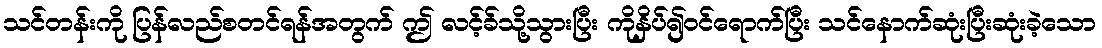
သင်တန်းကို ပြန်လည်စတင်ရန်အတွက် ဤ လင့်ခ်သို့သွားပြီး ကိုနှိပ်၍ဝင်ရောက်ပြီး သင်နောက်ဆုံးပြီးဆုံးခဲ့သော